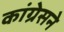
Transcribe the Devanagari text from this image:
कांग्रेसने